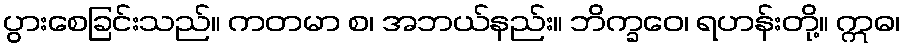
ပွားစေခြင်းသည်။ ကတမာ စ၊ အဘယ်နည်း။ ဘိက္ခဝေ၊ ရဟန်းတို့။ ဣဓ၊